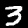
Label: 3